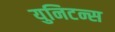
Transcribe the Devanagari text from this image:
युनिटन्स